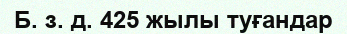
Б. з. д. 425 жылы туғандар